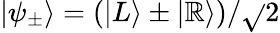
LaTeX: |\psi_{\pm}\rangle=(|L\rangle\pm|\mathbb{R}\rangle)/\sqrt{}{{2}}